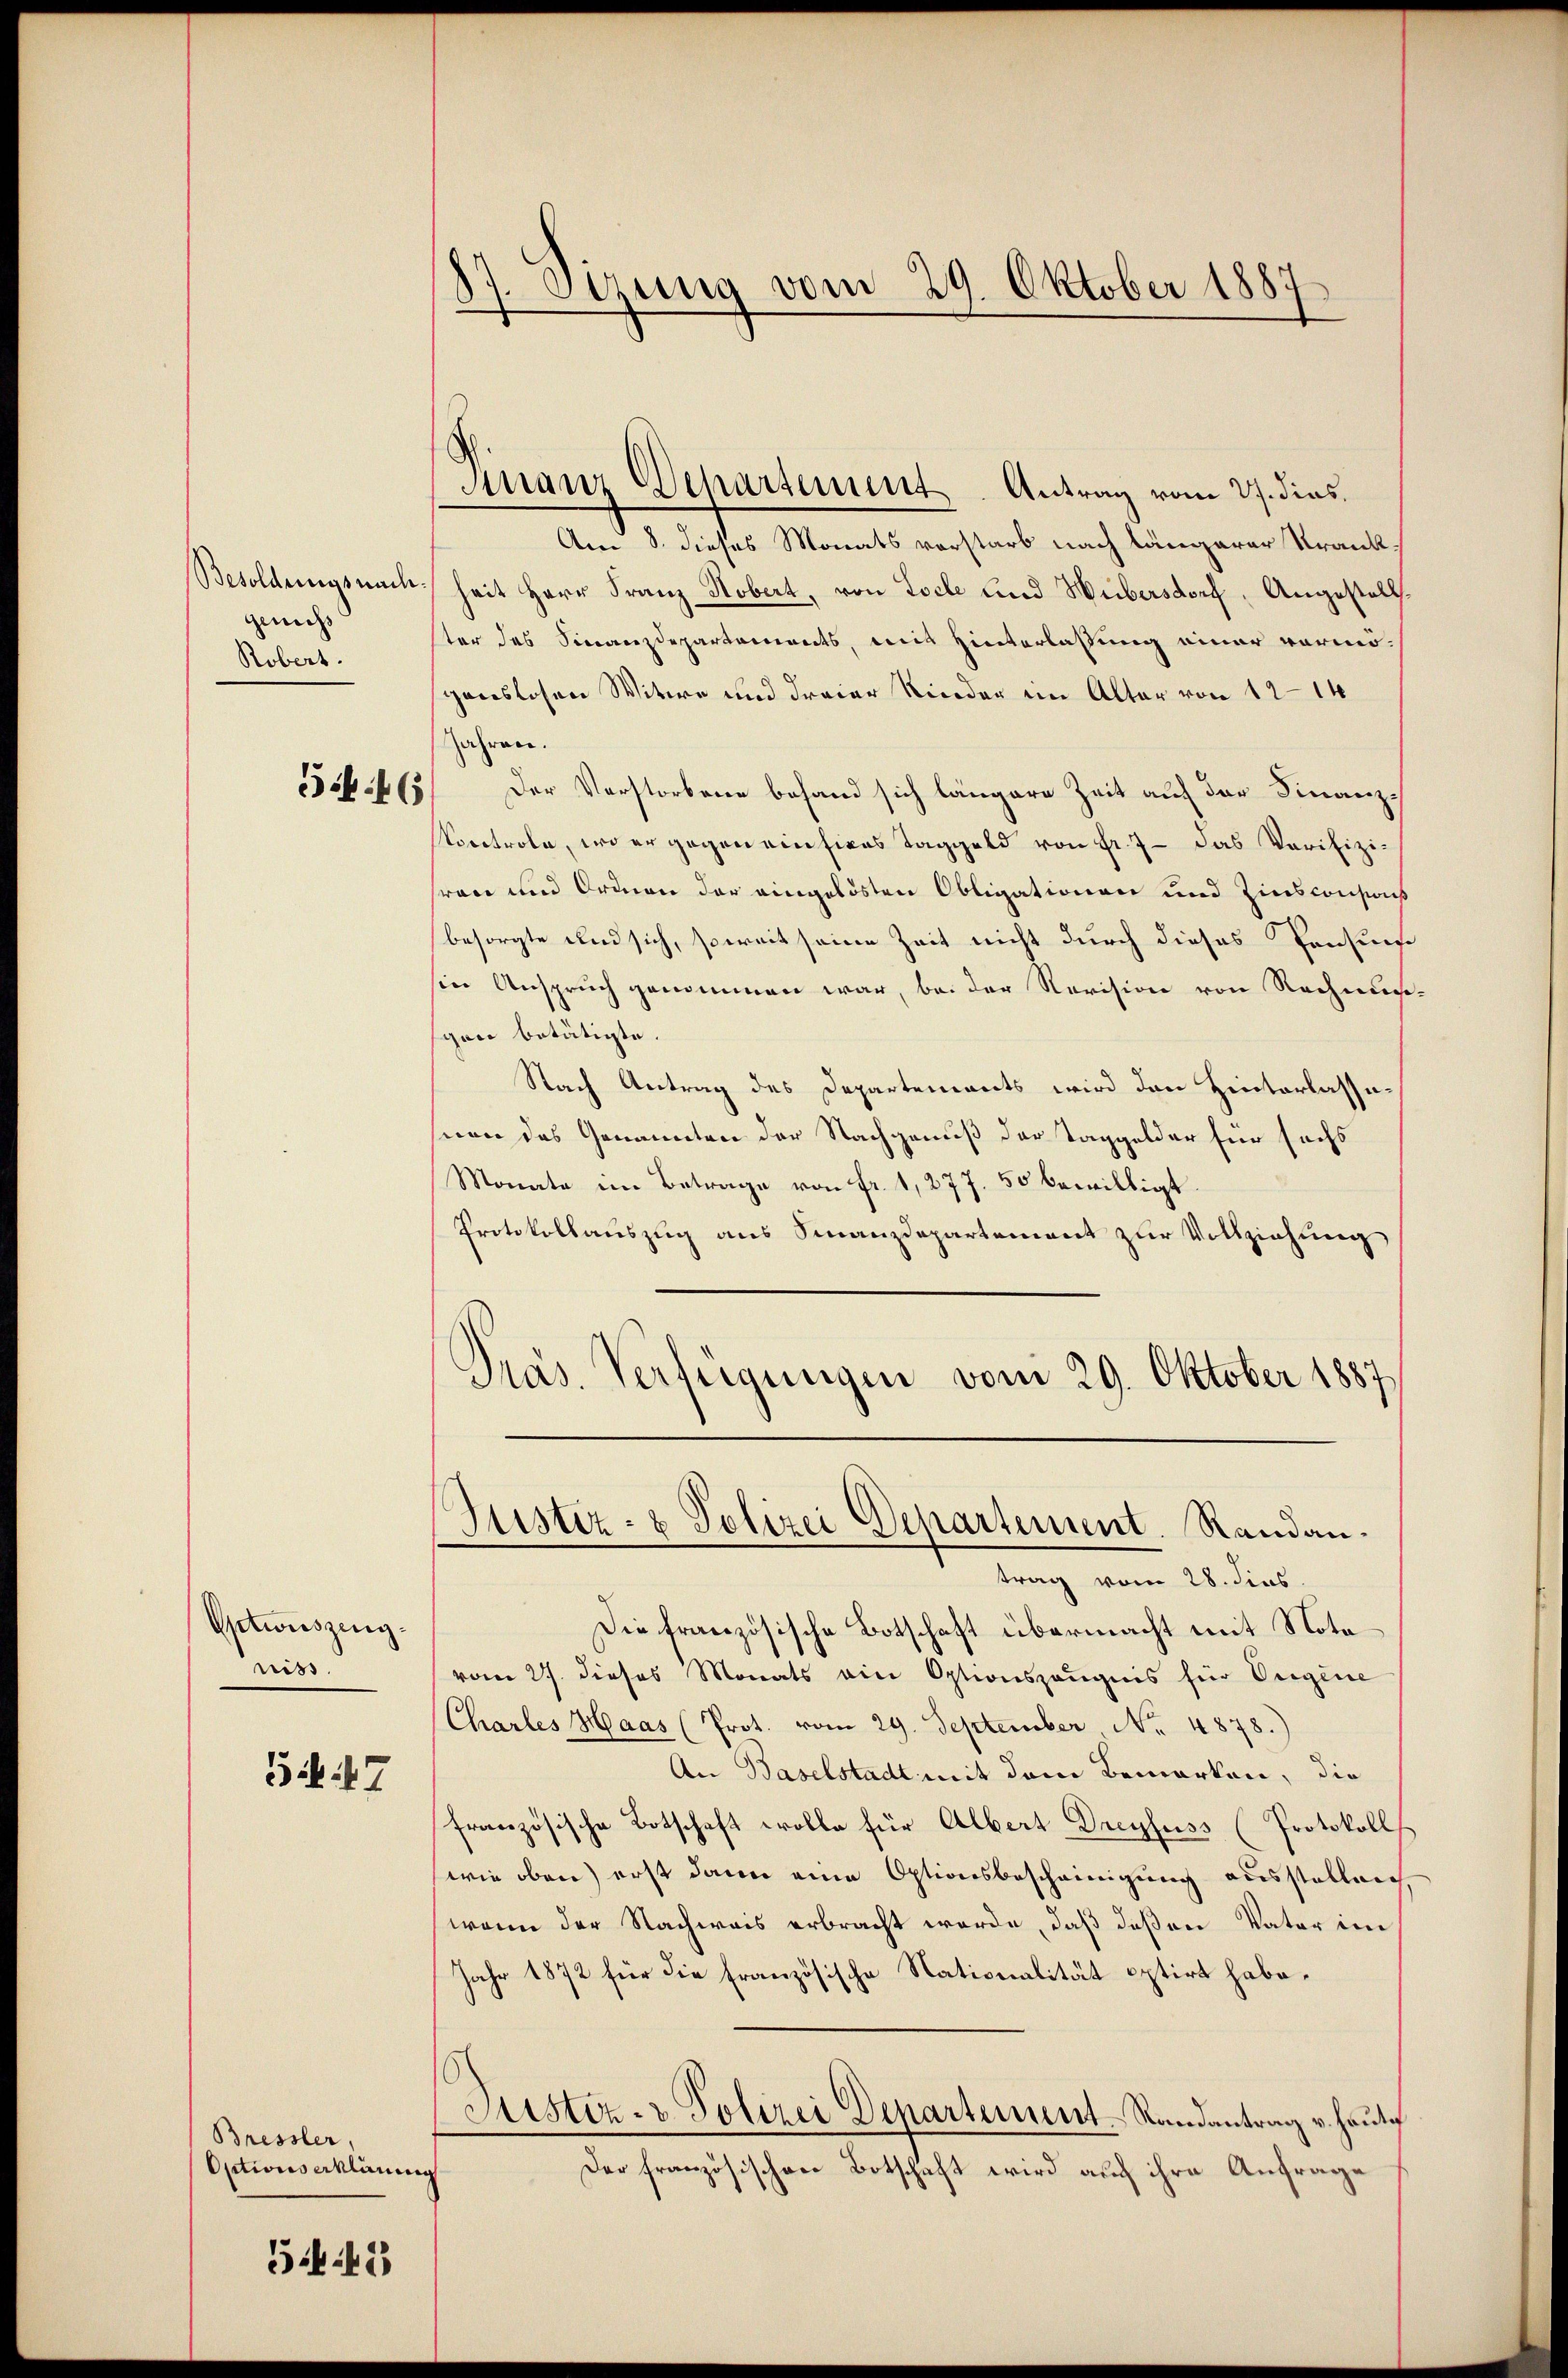
Besoldungsnach
gendes |
Robert.

54. 46

Ohtwüszengniss

347

Bressler,
Ositions erklären

545

87. Sizung vom 29. Oktober 1887

Sirranz Departement Antrag vom 27. dies

Am 8. dieses Monats vorstarb nach längerer Krankheit Herr Franz Hobert, von Loche und Hubersdorf, Angestellster des Finanzdepartements, mit Hinterlassung einer vermögenslosen Witwe und dreier Nieder im Alter von 12–14
Jahren.
Der Vorstorbene befand sich längere Zeit auf der Finanz¬
Voretrole, wo er gegen einfices Taggeld von Fr. 7 - das Verifizisren und Ordnen der eingelösten Obligationen und Zinsconsons
besorgte und sich, soweit seine Zeit nicht durch dieses Pensins
in Anspruch genommen war, bei der Revision von Rechnis
sgon betätigte.
Nach Antrag des Departements wird den Hinterlassesnen das Genannten der Nachgenuß der Taggelder für sechs
Monate im Betrage von fr. 1, 277. 50 bewilligt.
Protokollauszug aus Finanzdepartement zur Vollziehung
Pras. Verfügungen vom 29. Oktober 1887
Justiz- & Polizei Departement. Randantrag vom 28. dies
Die französische Botschaft übermacht mit Notavom 27. dieses Monats ein Optionszeugnis für Eigene
Chartes Haas (Prot. vom 29. September Nr. 4878.)
An Baselstadt mit dem Bemerken, die
französische Botschaft wolle für Albert Dreyfuss (Protokolls
wie oben) erst dann eine Optionsbescheinigung ausstellen,
wenn der Nachweis erbracht werde, daß deßen Vater im
Jahr 1872 für die französische Nationalität optirt habe.
Justiz- & Polizei Departement. Randantrag v. heutig
Der französischen Botschaft wird auch ihre Anfrage